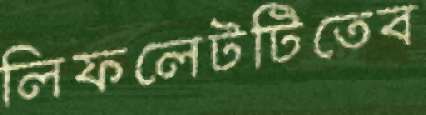
লিফলেটটিতেব